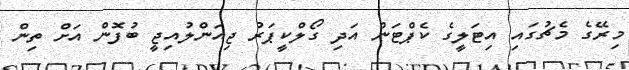
މިރޭގެ މެޗުގައި އިޓަލީގެ ކެޕްޓަން އަދި ގޯލްކީޕަރު ޖިއަންލުއިޖީ ބުފޮން އަށް ތިން